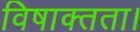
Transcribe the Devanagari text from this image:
विषाक्तता।